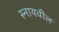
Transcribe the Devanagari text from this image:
स्नायवील